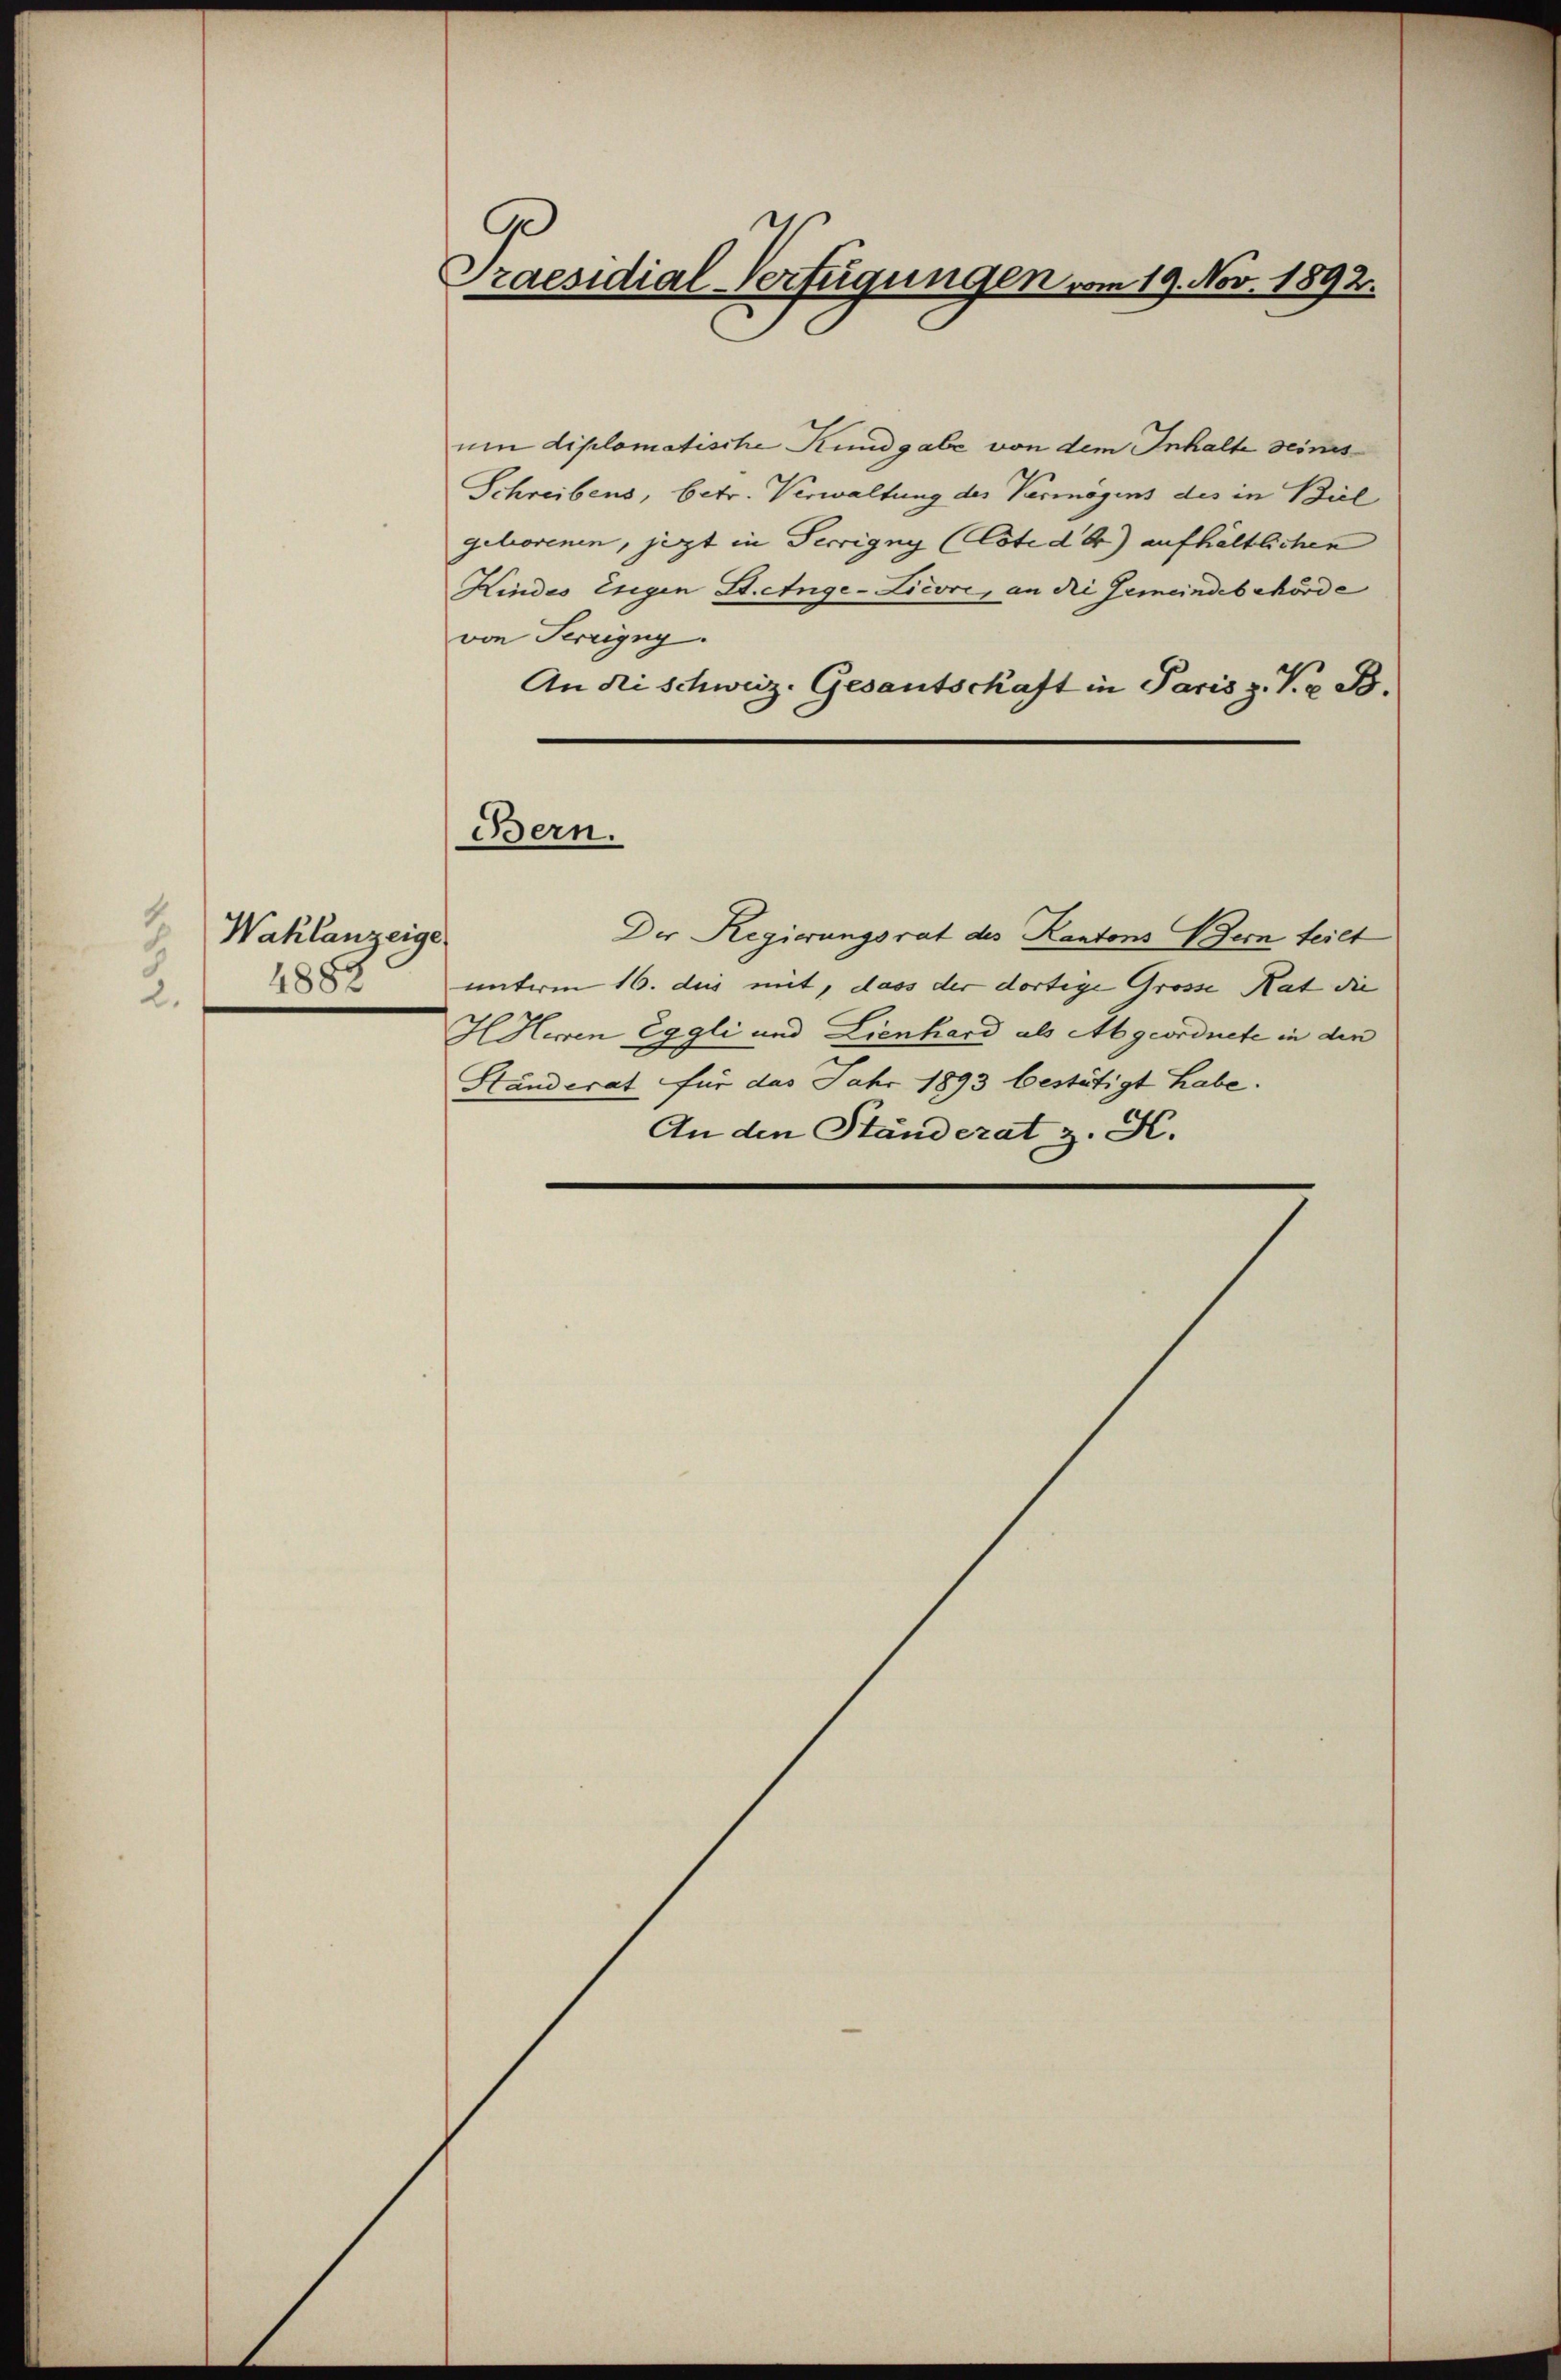
1
Wahlanzeige
.
1888
2.

Praesidial-Verfügungen vom 19. Nov. 1892.

Bern.

um diplomatische Kundgabe von dem Inhalte seines
Schreibens, betr. Verwaltung des Vermögens des in Biel
geborenen, jezt in Terrigny (Coti der) aufhältlichen
Kindes Eigen St. Ange-Lievre, an die Gemeindebehörde
von Terring
An Rischweiz. Gesantschaft in Paris z. K. B.
Der Regierungsrat des Kantons Bern teilt
unterm 16. des mit, dass der dortige Grosse Rat die
HHerren Eggli und Lienhard als Abgeordnete in den
Standerat für das Jahr 1893 bestätigt habe.
An den Ständerat z. K.